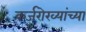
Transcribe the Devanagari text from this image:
कर्जरोख्यांच्या